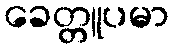
ခေတ္တူပမာ